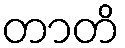
တာတိ